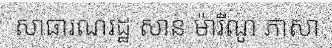
សាធារណរដ្ឋ សាន ម៉ារីណូ ភាសា